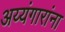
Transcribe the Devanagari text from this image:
अय्यंगारांना